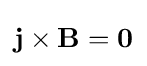
\mathbf {j} \times \mathbf {B} =\mathbf {0}